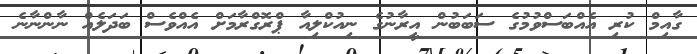
ގާއިމް ކުރި އެއްބަސްވުމުގެ ސަބަބުން އީރާނުގެ ނިއުކްލިއާ ޕްރޮގްރާމަށް އެއްވެސް ބަދަލެއް ނާންނާނެ